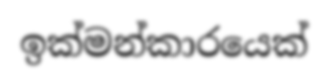
ඉක්මන්කාරයෙක්